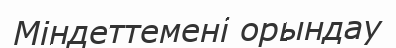
Міндеттемені орындау